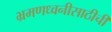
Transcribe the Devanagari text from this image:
भ्रमणध्वनीसाठीची